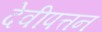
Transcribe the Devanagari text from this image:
देवीपत्तन